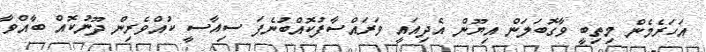
އަހަރެމެން މިތިބީ ވާގޮބަލަން އިޔޫން އެދިއައީ ވަރައްސާފުކޮއްބުނެފަ ސިއާސީ ކުއްވެރިން ދޫނުކޮއް ބާއްވާ